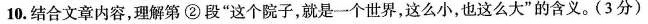
10. 结合文章内容，理解第 ② 段”这个院子，就是一个世界，这么小，也这么大”的含义。(3分)